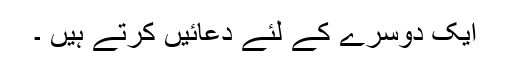
ایک دوسرے کے لئے دعائیں کرتے ہیں ۔